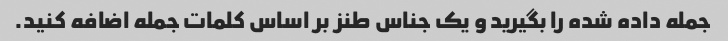
جمله داده شده را بگیرید و یک جناس طنز بر اساس کلمات جمله اضافه کنید.